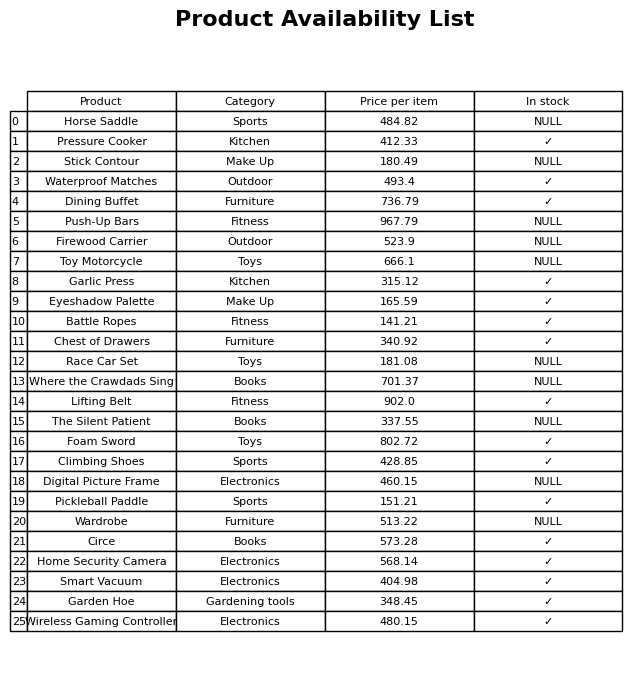
question: What is the price for The Silent Patient?
answer: The price of The Silent Patient is 337.55.